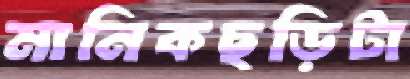
মানিকছড়িটা